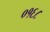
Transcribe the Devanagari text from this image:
०१६८